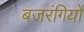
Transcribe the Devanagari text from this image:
बजरंगियों